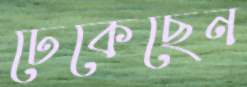
ঢেকেছেন